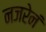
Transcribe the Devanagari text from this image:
नजरेनं